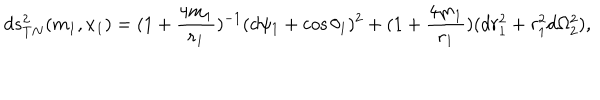
LaTeX: d s _ { T N } ^ { 2 } ( m _ { 1 } , x _ { 1 } ) = ( 1 + \frac { 4 m _ { 1 } } { r _ { 1 } } ) ^ { - 1 } ( d \psi _ { 1 } + \cos \theta _ { 1 } ) ^ { 2 } + ( 1 + \frac { 4 m _ { 1 } } { r _ { 1 } } ) ( d r _ { 1 } ^ { 2 } + r _ { 1 } ^ { 2 } d \Omega _ { 2 } ^ { 2 } ) ,